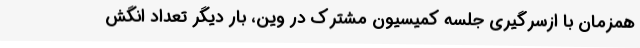
همزمان با ازسرگیری جلسه کمیسیون مشترک در وین، بار دیگر تعداد انگش